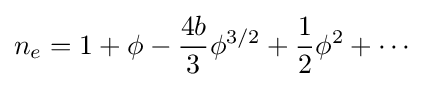
n_{e}=1+\phi -{\frac {4b}{3}}\phi ^{3/2}+{\frac {1}{2}}\phi ^{2}+\cdots